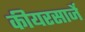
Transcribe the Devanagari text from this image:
कीयरसार्जे